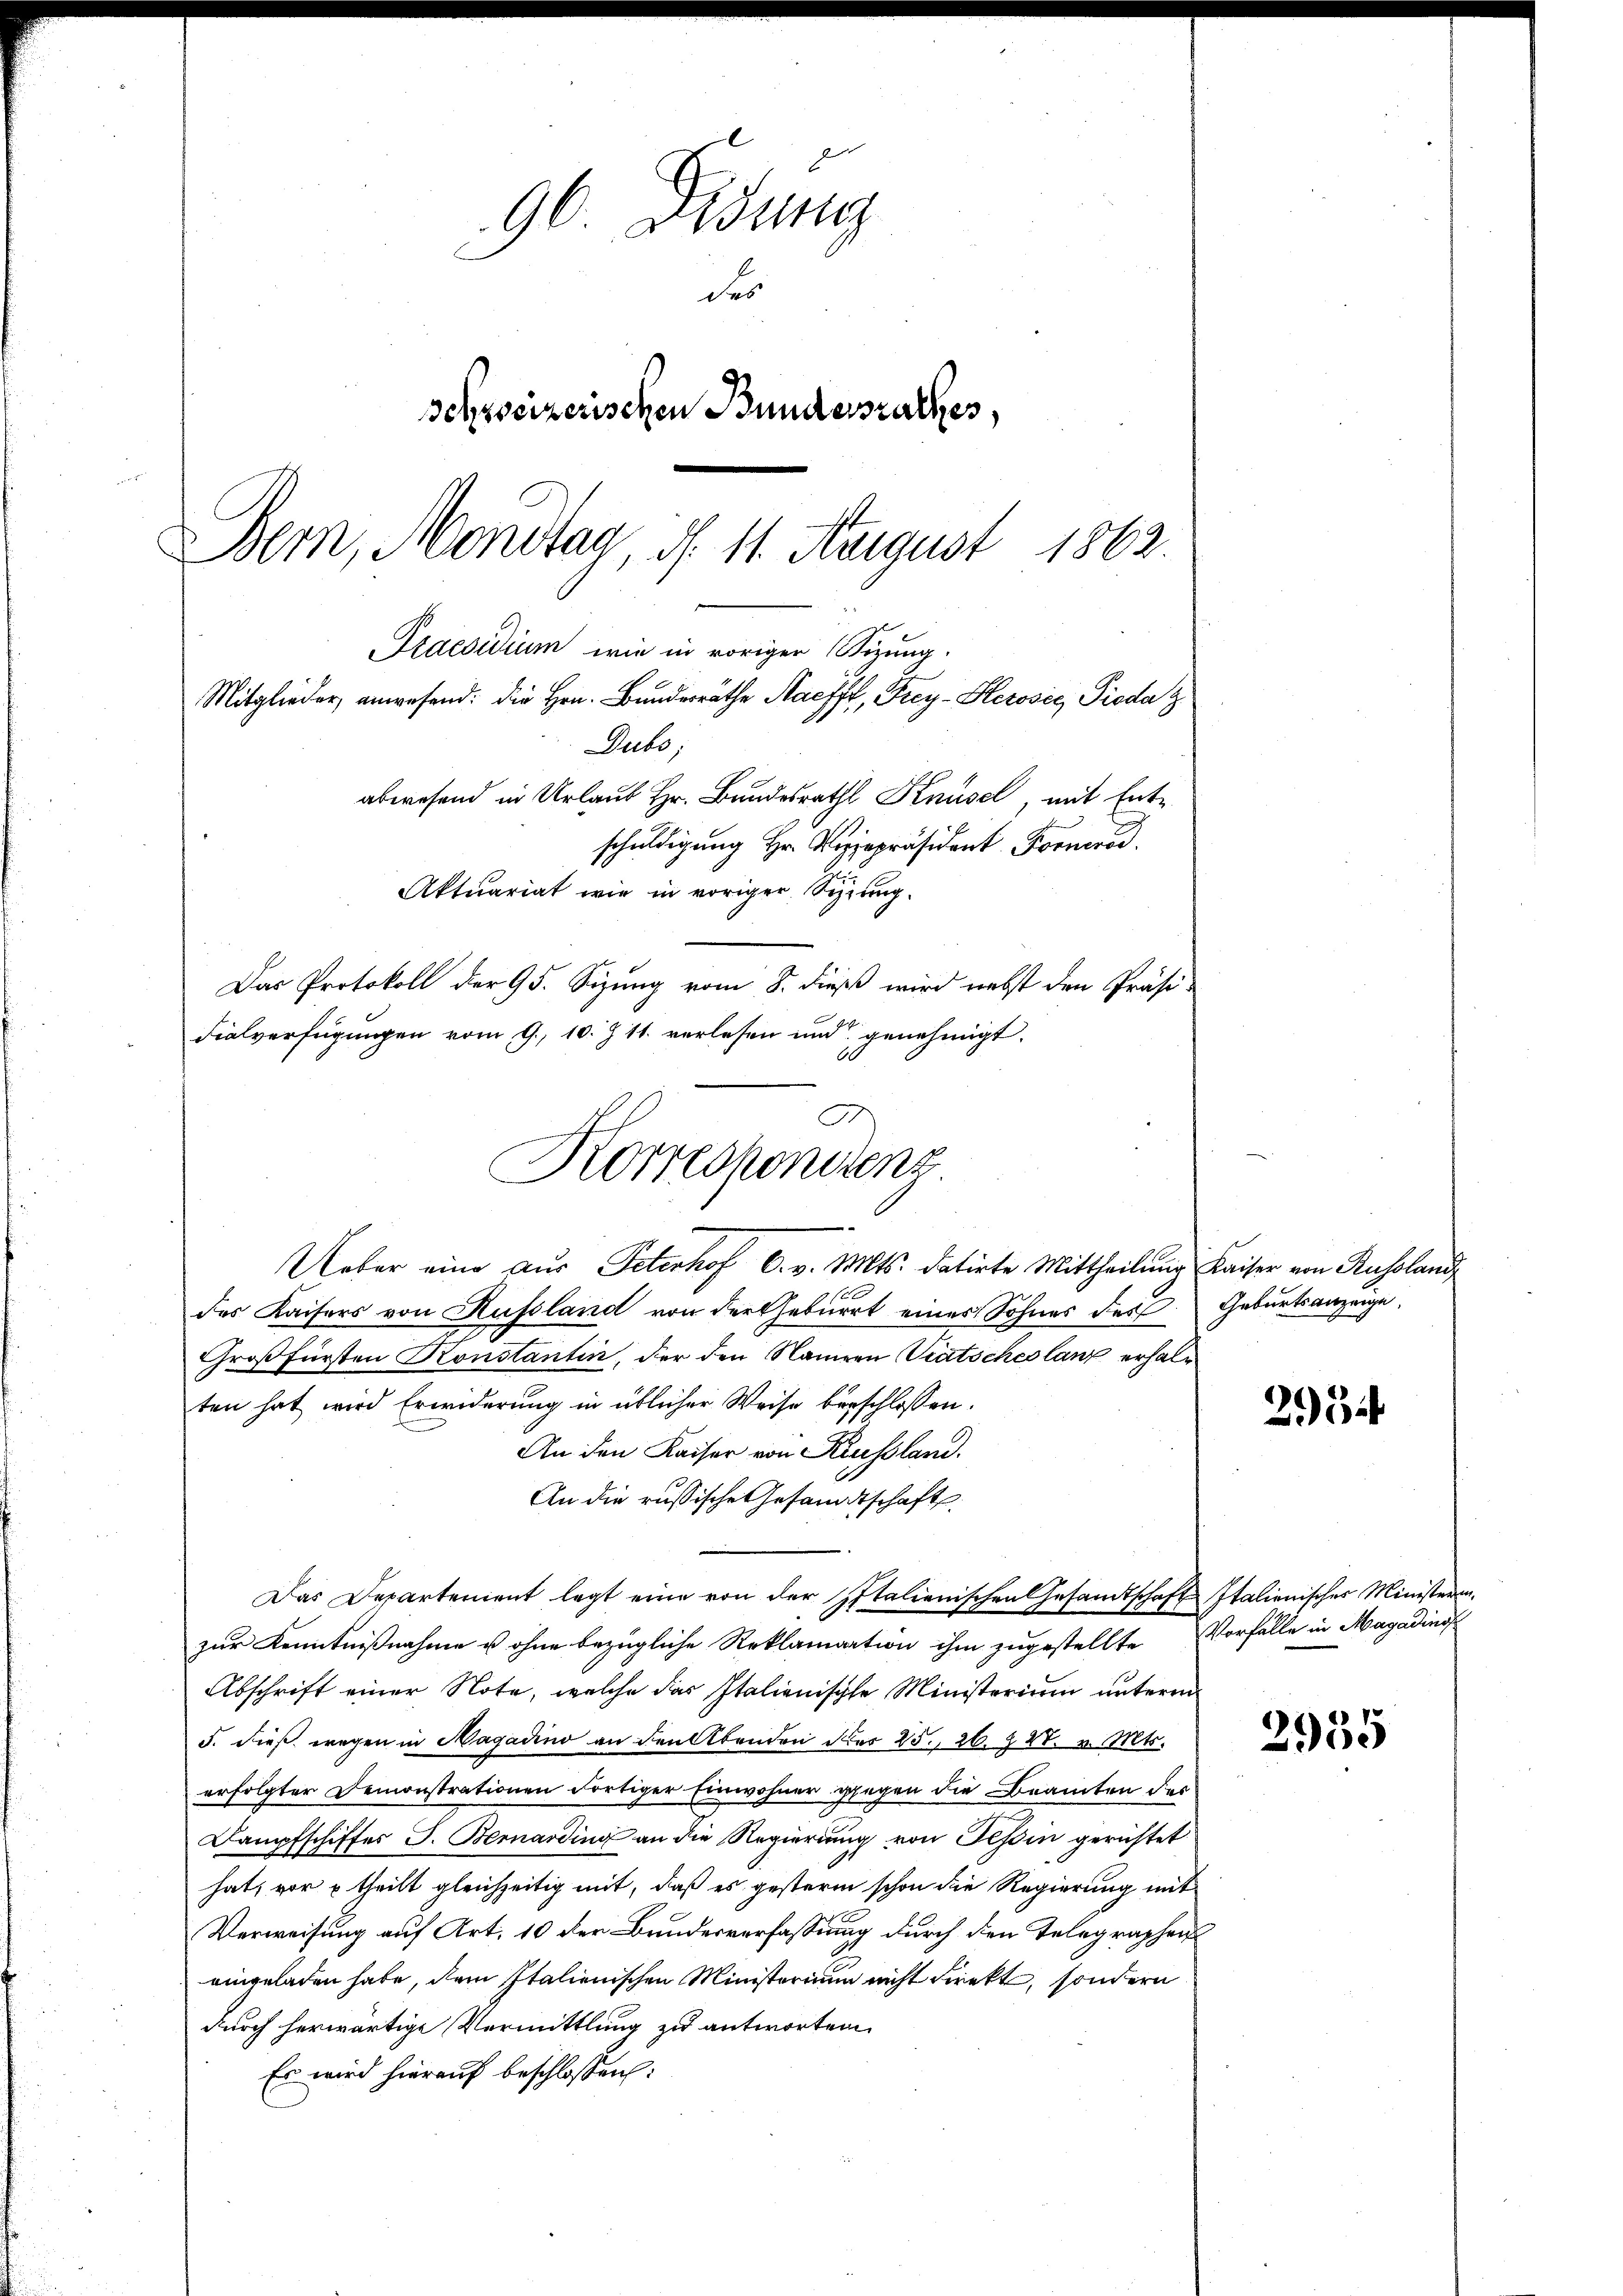
96 Dedung
des
Schweizerischen Bundesrathes,
1862.
Bern, Montag, d. 11. August
Praesidium wie in voriger Sizung.
Mitglieder anwesend: die Hrn. Bundesräthe Macfft, Frey-Serosec Pioda g
Duto,
abwesend in Urlaub Hr. Bundesrath Knüsel, mit Entschuldigung Hr. Vizepräsident Fornerod.
Aktuariat wie in voriger Seiung.
Das Protokoll der 95. Sizung vom 8. dieß wird nebst den Präsi-

Fialverfügungen vom 9. 10. Z. 11. verlesen und genehmigt.
Korresponirenz
Ueber eine aus Peterhof C. v. Mts. datirte Mittheilung Kaiser von Russland

des Kaisers von Russland von der Geburt einer Sohnes des Geburtsanzeige,
Großfürsten Konstantin, der den Nameen Tratsches lang erhalten hat wird Erwiderung in üblicher Weise beschlossen:
An den Kaiser von Keussland.
An die russische Gesandtschaft.
Das Departement legt eine von der Italienischen Gesandtschaft Italienisches Ministerin-
zur Kenntnißnahme u. ohne bezügliche Reklamation ihm zugestellte Vorfälle in Magadinis
Abschrift einer Note, welche das Italienische Ministerium unterm
5. dieß wegen in Hagadino an den Abenden des 25. 26. 227. v. Mts.
erfolgter Demonstrationen dortiger Einwohner gegen die Beamten des
Dampfschiffes J. Bernarding an die Regierung von Tessin gerichtet
hat, vor & theilt gleichzeitig mit, daß es gestern schon die Regierung mit
Verweisung auf Art. 10 der Bundesverfassung durch den Telegraphen
eingeladen habe, dem Italienischen Ministerium nicht direkt, sondern
durch herwärtige Vermittlung zu antworten
Es wird hierauf beschlossen:

2954

2955